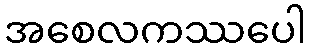
အစေလကဿပေါ